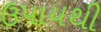
ઉપાયથી